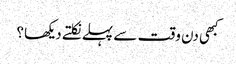
کبھی دن وقت سے پہلے نکلتے دیکھا؟